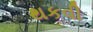
થકવી